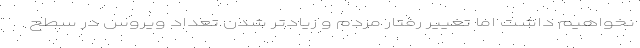
نخواهیم داشت اما تغییر رفتار مردم و زیادتر شدن تعداد ویروس در سطح